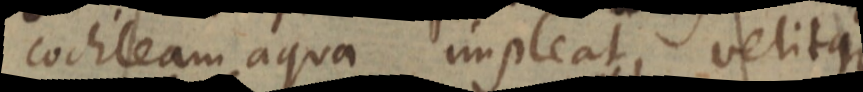
cochleam aqua impleat, velitque